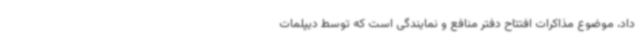
داد، موضوع مذاکرات افتتاح دفتر منافع و نمایندگی است که توسط دیپلمات